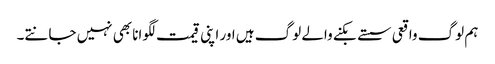
ہم لوگ واقعی سستے بکنے والے لوگ ہیں اور اپنی قیمت لگوانا بھی نہیں جانتے۔